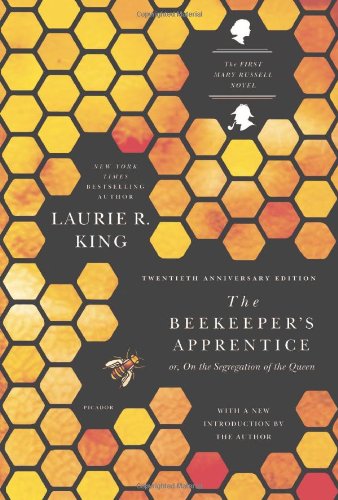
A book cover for The Beekeeper's Apprentice: or, On the Segregation of the Queen (A Mary Russell Mystery); Laurie R. King; Mystery, Thriller & Suspense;